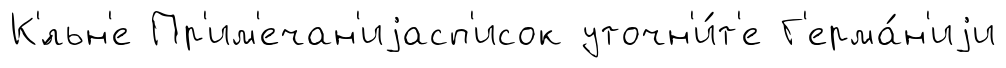
К'́льн'е Пр'им'ечан'иjасп'исок уточн'и́т'е Г'ерма́н'иjи